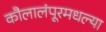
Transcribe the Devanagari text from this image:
कौलालंपूरमधल्या